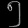
Digit: ၅